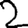
Digit: 2